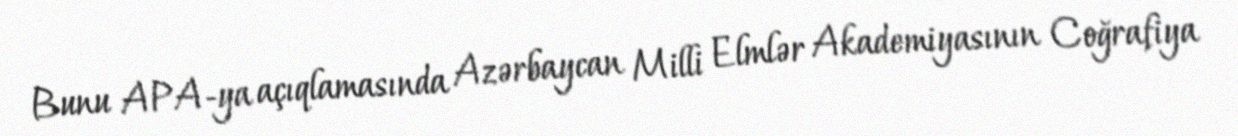
Bunu APA-ya açıqlamasında Azərbaycan Milli Elmlər Akademiyasının Coğrafiya